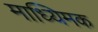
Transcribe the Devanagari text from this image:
माध्यिमक